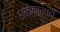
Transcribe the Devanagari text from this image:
श्लोकार्थही